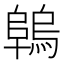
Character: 𨻑